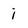
Character: i